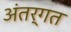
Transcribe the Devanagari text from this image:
अंतर्गत